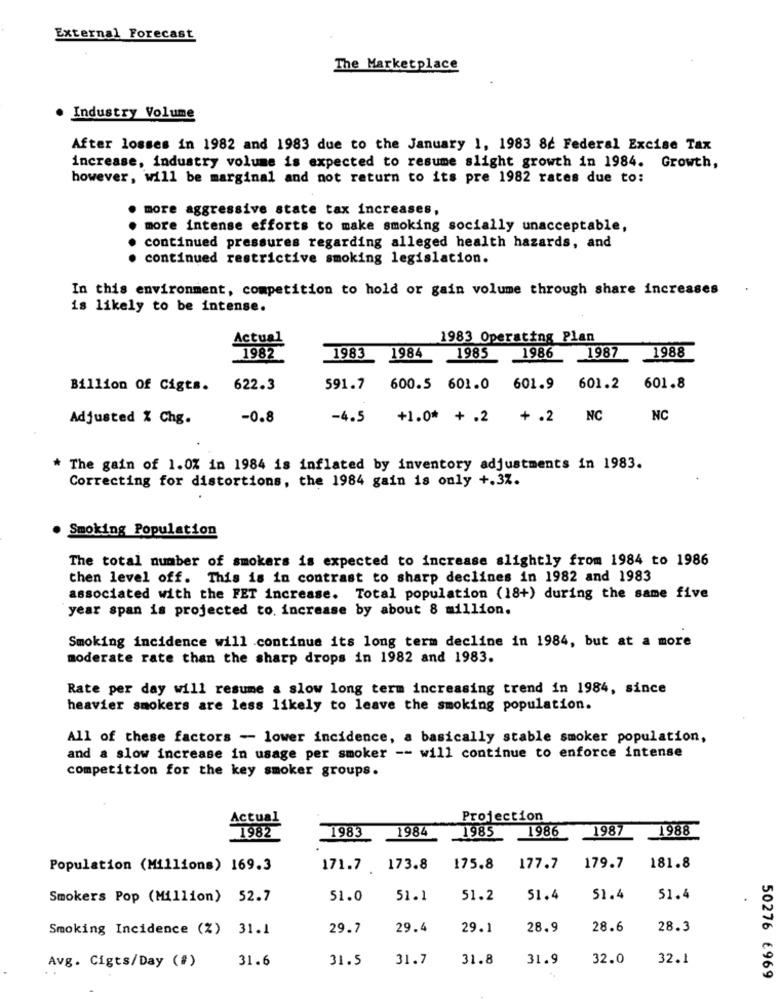
External Forecast
The Marketplace
Industry Volume
After losses in 1982 and 1983 due to the January 1, 1983 8 Federal Excise Tax
increase, industry volume is expected to resume slight growth in 1984. Growth,
however, will be marginal and not return to its pre 1982 rates due to:
. more aggressive state tax increases,
more intense efforts to make smoking socially unacceptable,
continued pressures regarding alleged health hazards, and
. continued restrictive smoking legislation.
In this environment, competition to hold or gain volume through share increases
is likely to be intense.
1983 Operating Plan
Actual
1987
1982
1983
1984
1985
1986
1988
Billion Of Cigts.
622.3
591.7
600.5 601.0 601.9
601.2
601.8
Adjusted % Chg.
-0.8
-4.5
+1.0* + .2 +.2
NC
NC
* The gain of 1.0% in 1984 is inflated by inventory adjustments in 1983.
Correcting for distortions, the 1984 gain is only +.37.
. Smoking Population
The total number of smokers is expected to increase slightly from 1984 to 1986
then level off. This is in contrast to sharp declines in 1982 and 1983
associated with the FET increase. Total population (18+) during the same five
year span is projected to increase by about 8 million.
Smoking incidence will continue its long term decline in 1984, but at a more
moderate rate than the sharp drops in 1982 and 1983.
Rate per day will resume & slow long term increasing trend in 1984, since
heavier smokers are less likely to leave the smoking population.
All of these factors - lower incidence, a basically stable smoker population,
and a slow increase in usage per smoker -- will continue to enforce intense
competition for the key smoker groups.
Actual
Projection
1983
1984
1985
1986
1987
1988
1982
Population (Millions) 169.3
171.7 173.8
175.8
177.7
179.7
181.8
Smokers Pop (Million) 52.7
51.0
51.1
51.2
51.4
51.4
51.4
Smoking Incidence (%) 31.1
29.7
29.4
29.1
28.9
28.6
28.3
Avg. Cigts/Day (#)
31.6
31.5
31.7
31.8
31.9
32.0
32.1
50276 €969